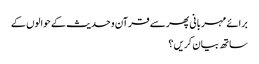
برائے مہربانی پھر سے قرآن و حدیث کے حوالوں کے
ساتھ بیان کریں ؟